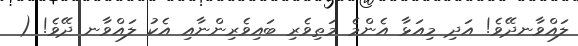
ލައްވާނދޭވެ! އަދި މިއަޅާ އެންމެ މަތިވެރި ބައިވެރިންނާއި އެކު ލައްވާނ ދޭވެ! (